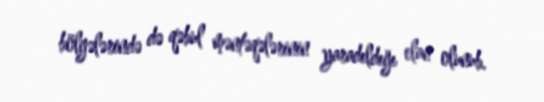
bölgələrində də qəbul məntəqələrinin yaradıldığı elan olunub.